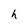
Character: h